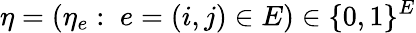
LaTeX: \mathbf{\eta}=\left(\eta_{e}:\; e=\left(i,j\right)\in E\right)\in\{ 0,1\} ^{E}